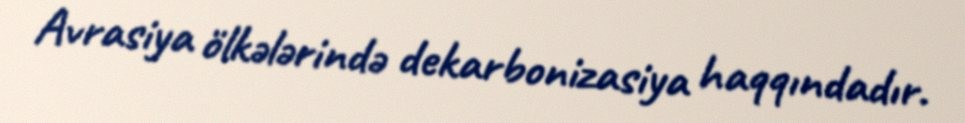
Avrasiya ölkələrində dekarbonizasiya haqqındadır.